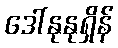
ဒေါ်နုနုရှိန်